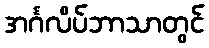
အင်္ဂလိပ်ဘာသာတွင်